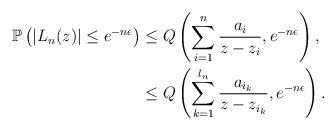
LaTeX: \begin{align*}\mathbb{P}\left(|L_n(z)|\leq e^{-n\epsilon}\right) & \leq Q\left(\sum_{i=1}^{n}\frac{a_i}{z-z_i},e^{-n\epsilon}\right), \\ &\leq Q\left(\sum_{k=1}^{l_n}\frac{a_{i_k}}{z-z_{i_k}},e^{-n\epsilon}\right). \end{align*}